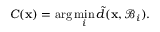
C ( \mathbf { x } ) = \arg \operatorname* { m i n } _ { i } \tilde { d } ( \mathbf { x } , \mathcal { B } _ { i } ) .